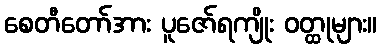
စေတီတော်အား ပူဇော်ရကျိုး ဝတ္ထုများ။